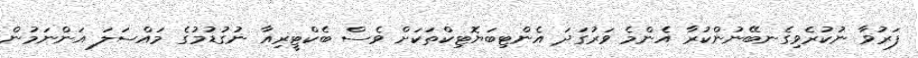
ފަރުވާ ނުކުރެވިގެނބޭނުންކުރާ އެންމެ ވަރުގަދަ އެންޓިބަޔޮޓިކްތަކަށް ވެސް ބެކްޓީރިއާ ނުގުޑުމުގެ މައްސަލަ އަންނަމުން